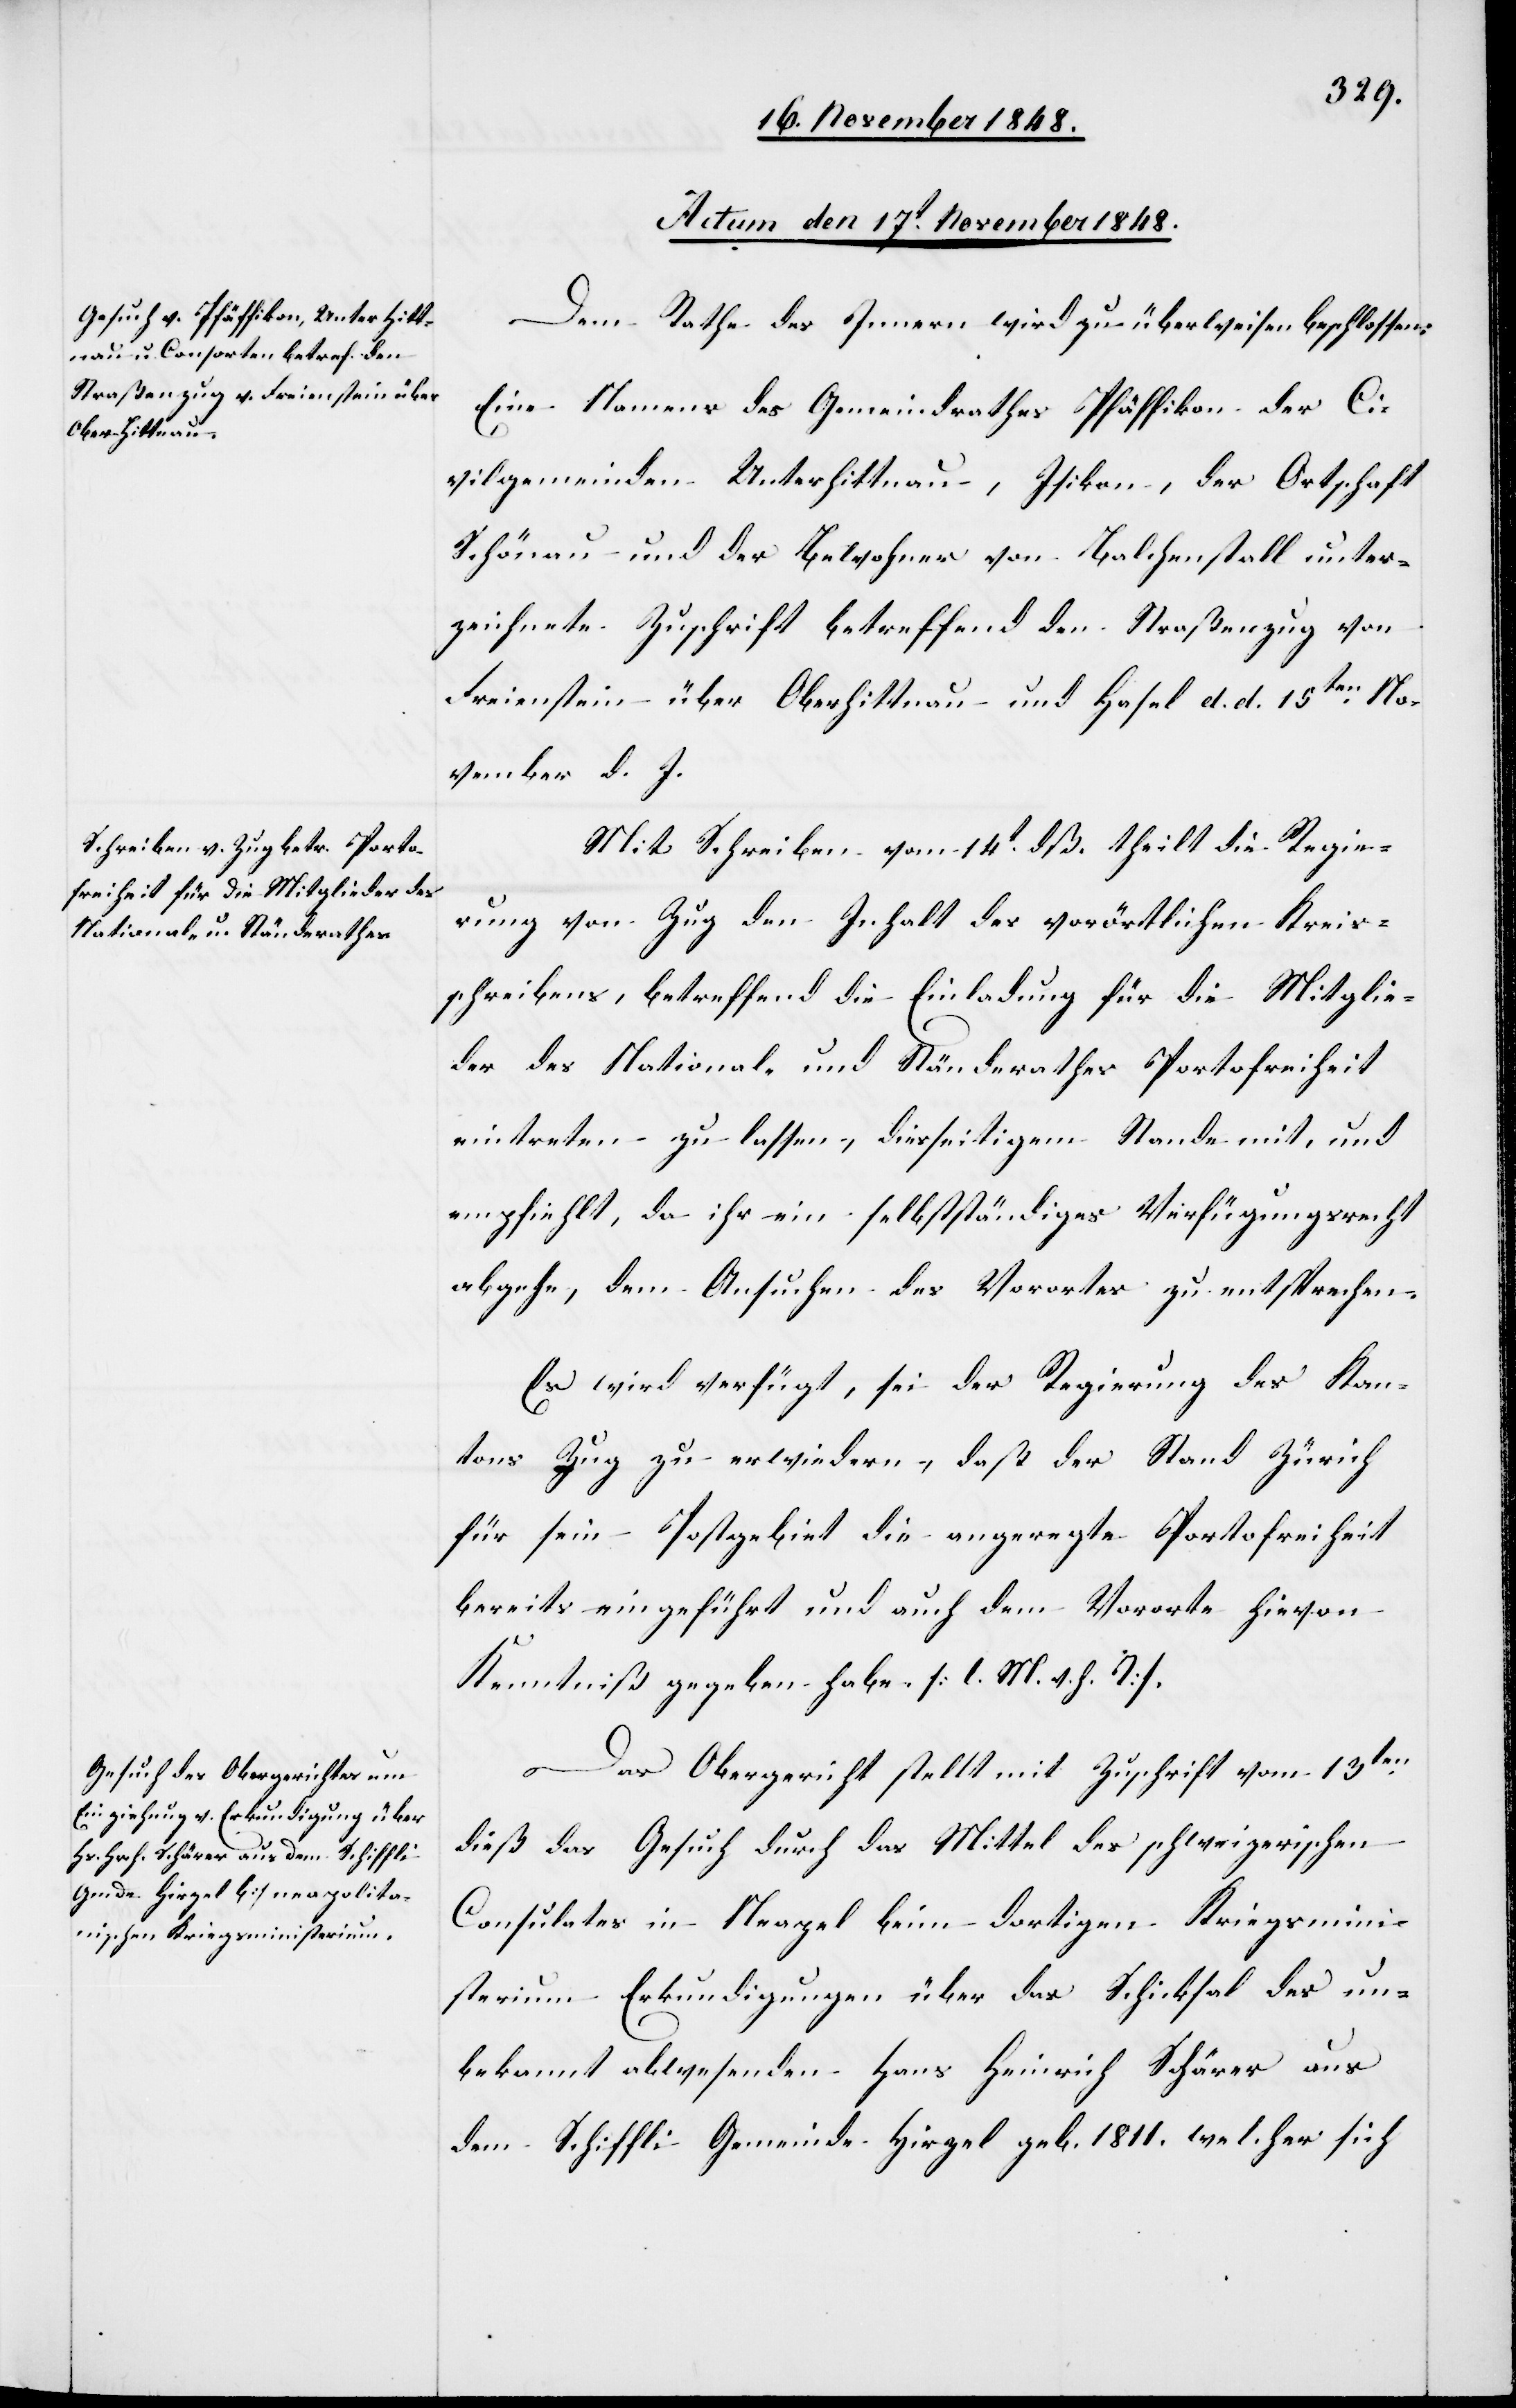
Actum den 17t November 1848.]
Dem Rathe des Innern wird zu überweisen beschlossen:
Eine Namens des Gemeindrathes Pfäffikon der Ci¬
vilgemeinden Unterhittnau, Isikon, der Ortschaft
Schönau und der Bewohner von Balchenstall unter¬
zeichnete Zuschrift betreffend den Straßenzug von
Freienstein über Oberhittnau und Hasel d. d. 15ten No¬
vember d. J.
Mit Schreiben vom 14t dß. theilt die Regie¬
rung von Zug den Inhalt des vorörtlichen Kreis¬
schreibens, betreffend die Einladung für die Mitglie¬
der des National- und Ständerathes Portofreiheit
eintreten zu lassen, diesseitigem Stande mit, und
empfiehlt, da ihr ein selbstständiges Verfügungsrecht
abgehe, dem Ansuchen des Vorortes zu entsprechen.
Es wird verfügt, sei der Regierung des Kan¬
tons Zug zu erwiedern, daß der Stand Zürich
für sein Postgebiet die angeregte Portofreiheit
bereits eingeführt und auch dem Vororte hievon
Kenntniß gegeben habe. [l. M. v. h. T]
Das Obergericht stellt mit Zuschrift vom 13ten
dieß das Gesuch durch das Mittel des schweizerischen
Consulates in Neapel beim dortigen Kriegsmini¬
sterium Erkundigungen über das Schicksal des un¬
bekannt abwesenden Hans Heinrich Schärer aus
dem Schiffli Gemeinde Hirzel geb. 1811. welcher sich